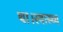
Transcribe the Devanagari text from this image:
था।स्वास्थ्य